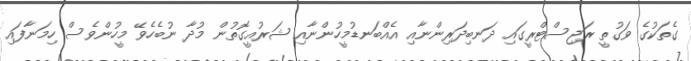
ގެތަކުގެ ވަގުތީ ރަޖިސްޓްރީގައި ދަނބިދަރިންނާއި އެއްބަނޑުމީހުންނާއި ޝަރުއީގޮތުން މުދާ ނުބެހެވޭ މީހުންވެސް ހިމަނާފައި